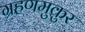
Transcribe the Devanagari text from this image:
ग्रहणमुकुर